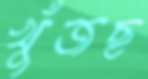
খুঁজছ